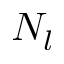
N _ { l }